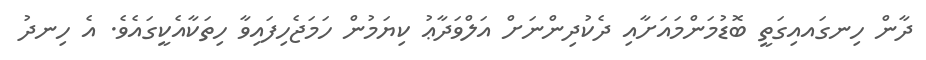
ދާން ހިނގައއިގަތީ ބޮޑުމަންމައަށާއި ދެކުދިންނަށް އަލްވަދާޢު ކިޔަމުން ހަމަޖެހިފައިވާ ހިތަކާއެކީގައެވެ. އެ ހިނދު